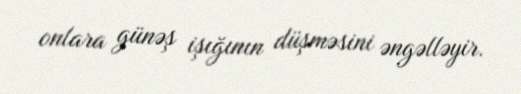
onlara günəş işığının düşməsini əngəlləyir.